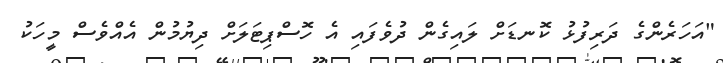
"އަހަރެންގެ ދަރިފުޅު ކޮނޑަށް ލައިގެން ދުވެފައި އެ ހޮސްޕިޓަލަށް ދިޔުމުން އެއްވެސް މީހަކު